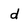
Character: d